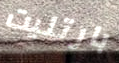
بارتليت